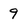
Character: 9